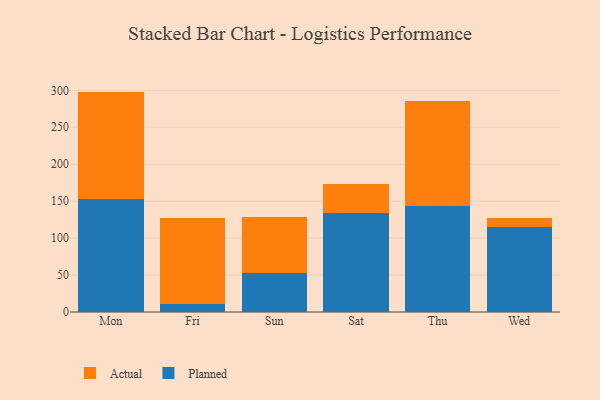
{"axis": {"x": "Day", "y": "Budget (USD K)"}, "legend": ["Actual", "Planned"], "data": [{"x": "Mon", "y": 152.5, "type": "Planned"}, {"x": "Mon", "y": 145.8, "type": "Actual"}, {"x": "Fri", "y": 11.2, "type": "Planned"}, {"x": "Fri", "y": 115.9, "type": "Actual"}, {"x": "Sun", "y": 53.1, "type": "Planned"}, {"x": "Sun", "y": 75.8, "type": "Actual"}, {"x": "Sat", "y": 134.6, "type": "Planned"}, {"x": "Sat", "y": 38.5, "type": "Actual"}, {"x": "Thu", "y": 143.7, "type": "Planned"}, {"x": "Thu", "y": 142.3, "type": "Actual"}, {"x": "Wed", "y": 114.5, "type": "Planned"}, {"x": "Wed", "y": 13.2, "type": "Actual"}]}